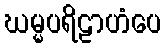
ဃမ္မပရိဠာဟံပေ